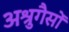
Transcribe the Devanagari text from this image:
अश्रुगैसों